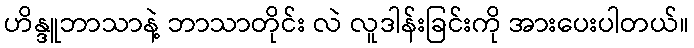
ဟိန္ဒူဘာသာနဲ့ ဘာသာတိုင်း လဲ လူဒါန်းခြင်းကို အားပေးပါတယ်။